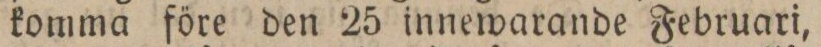
komma före den 25 innewarande Februari,